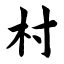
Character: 村